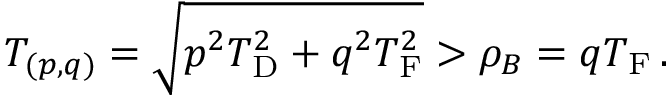
T _ { ( p , q ) } = \sqrt { p _ { \vphantom D } ^ { 2 } T _ { \mathrm { D } } ^ { 2 } + q _ { \vphantom D } ^ { 2 } T _ { \mathrm { F } } ^ { 2 } } > \rho _ { B } = q T _ { \mathrm { F } } \, .